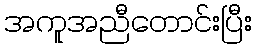
အကူအညီတောင်းပြီး